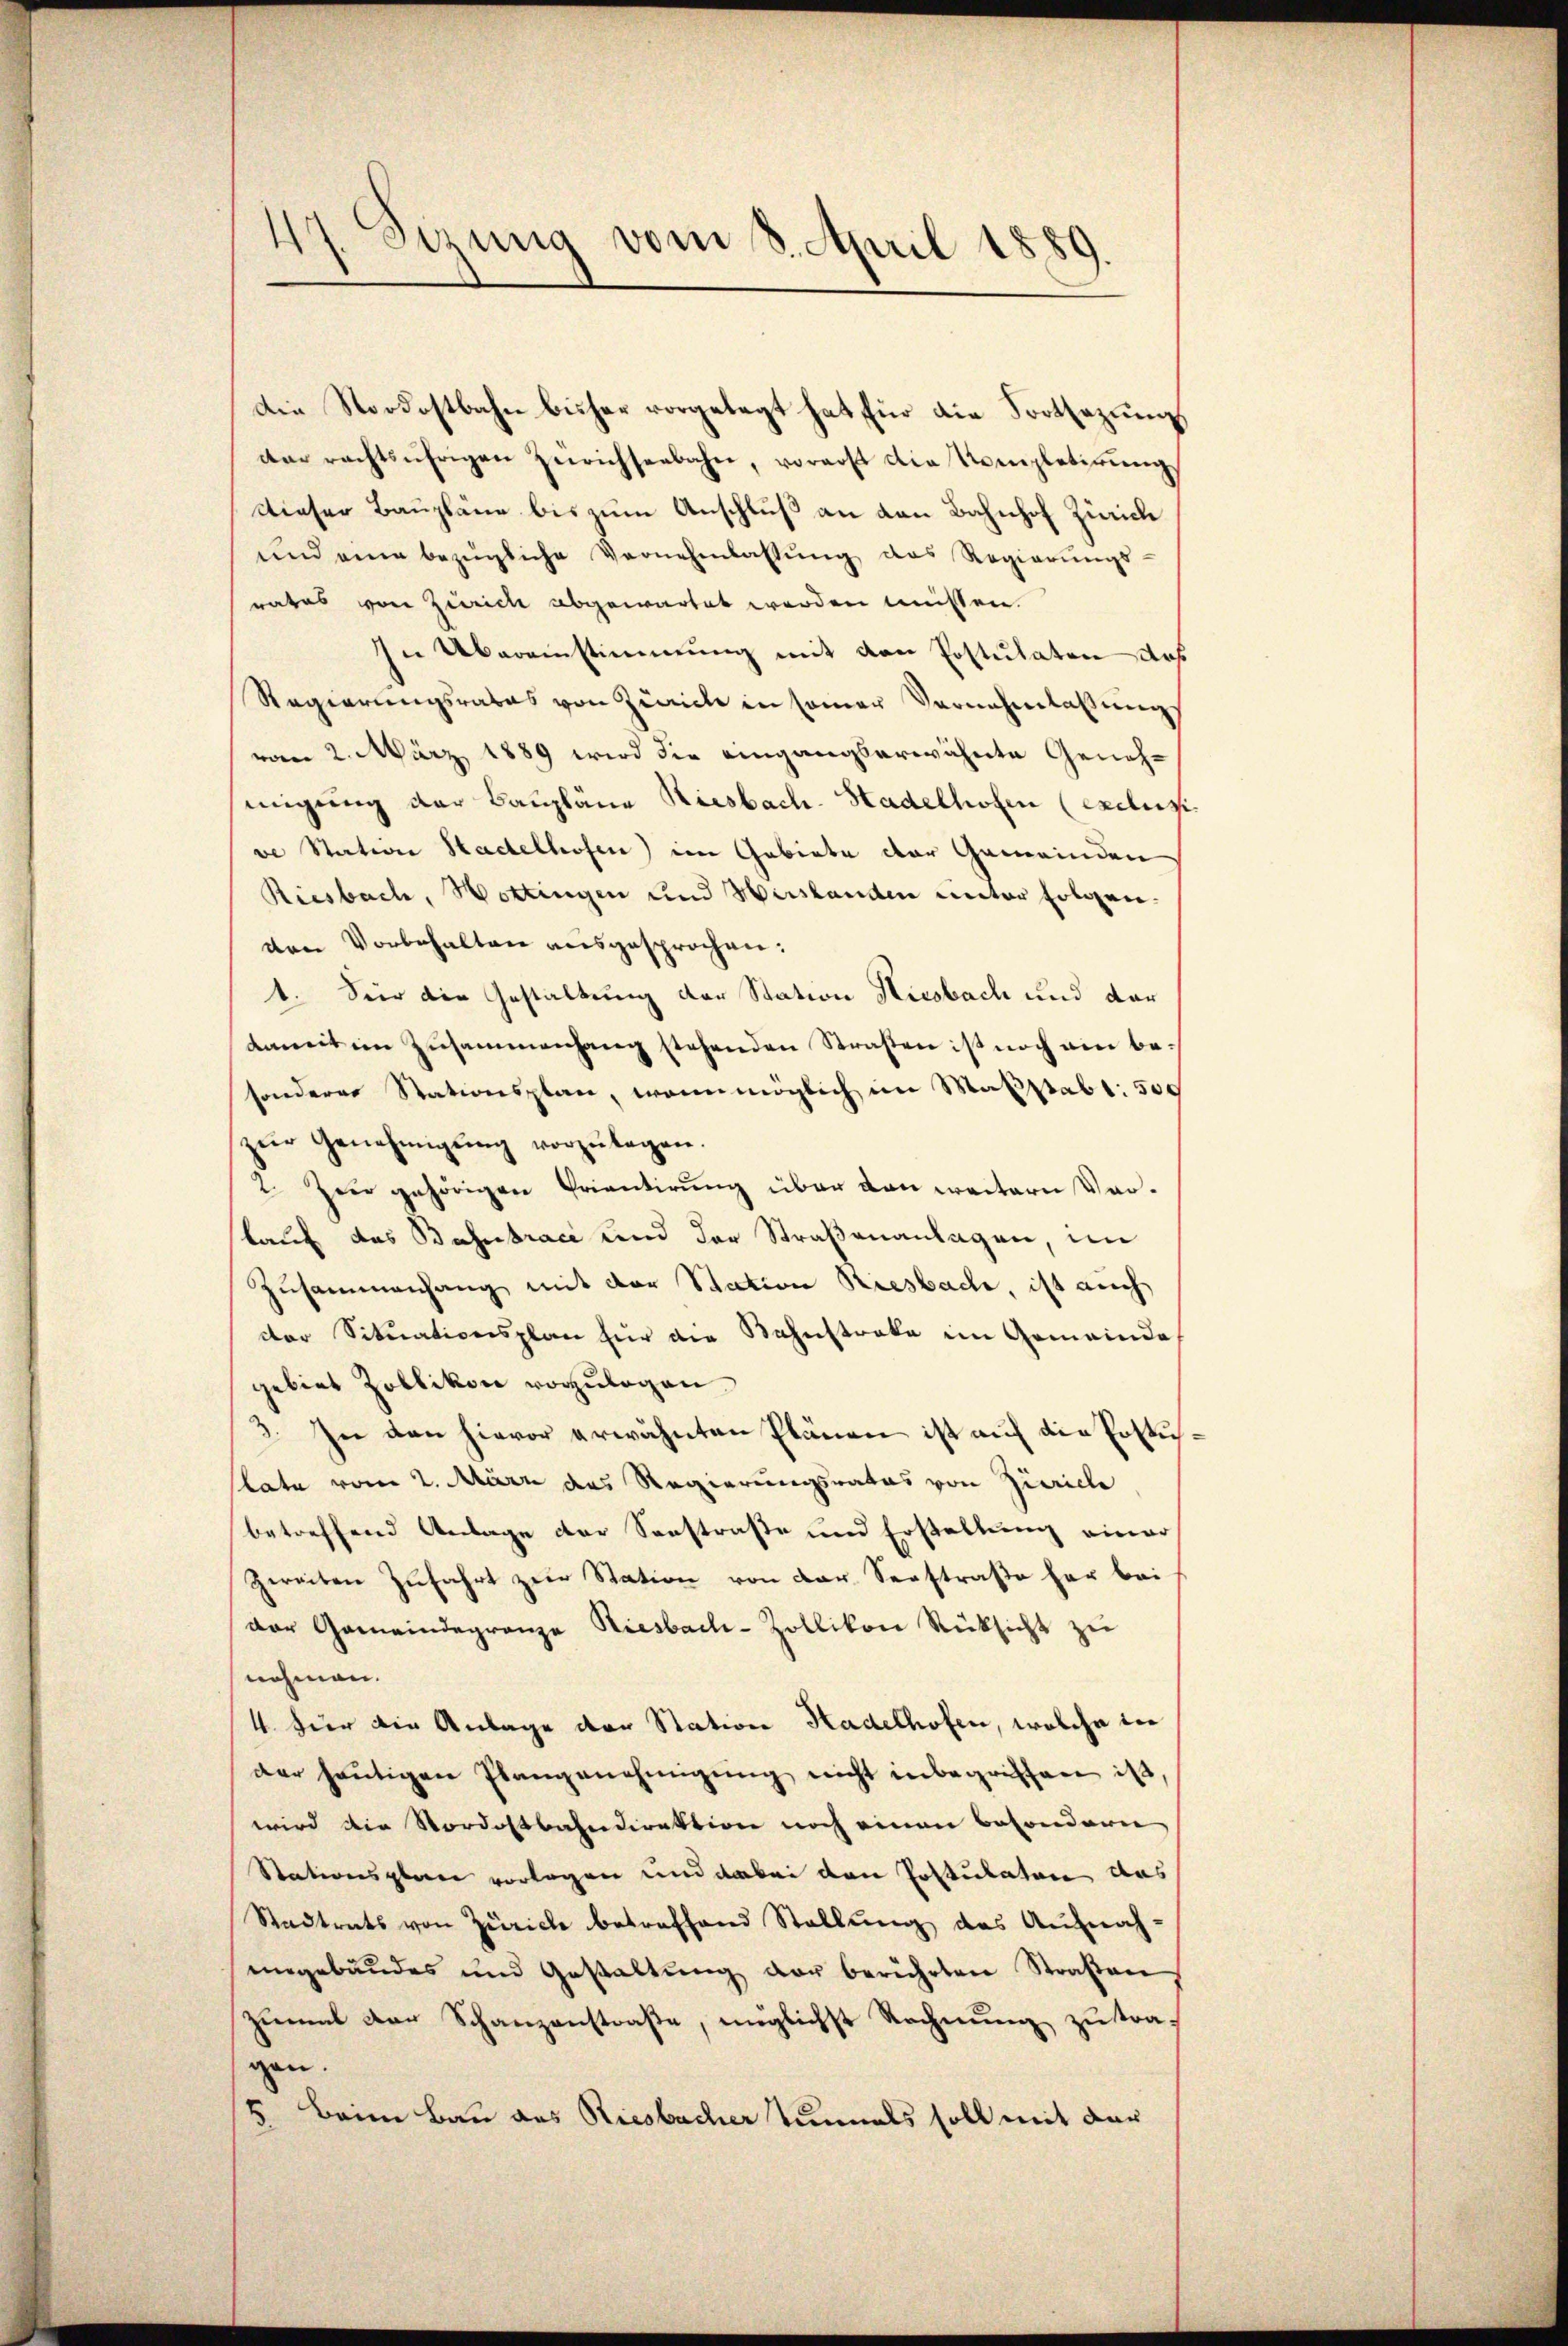
Sizung vom 8. April 1889.

Die Nordostbahn bisher vorgelegt hat für die Fortsezungs
der rechtsührigen Zürichseebahn, vorerst die Kompletirŭng
Dieser Baupläne bis zum Anschluß an den Bahnhof Zürich
und eine bezügliche Vernehmlassŭng des Regierŭngs-
rates von Zürich abgewartet werden müssen.
In Übereinstimmung mit den Postulaten das
Regierŭngsrates von Zürich in seiner Vernehmlassŭng
vom 2. März 1889 wird die eingangserwähnte Genehmigung der Baupläne Riesbach-Stadelhofen (Exdeck
ve Station Stadelhofen) im Gebiete der Gemeinden
Riesbach, Wottingen und Hirslanden unter folgenven Vorbehalten ausgesprochen:
1. Seir die Gestaltung der Station Hiesbach und dar
damit im Zusammenhang stehenden Straßen ist noch ein besonderes Stationsplan, wenn möglich im Maßstabt: 500
zŭr Genehmigŭng vorzŭlagen.
2. Zur gehörigen Prientirung über den weitern Vorlauf das Bahnstrace und der Straßenanlagen, im
Zusammenhang mit der Station Riesbache, ist auch
der Situationsplan für die Wahnstreke im Gemeinde
gebiet Zollikon vorzulegen.
3. In den hievor erwähnten Plänen ist auf die Erstislate vom 2. März das Regierungsrates von Zürich
betreffend Anlage der Sonstraße und Erstellung einer
Zweiten Zufahrt zur Station von der Seestraße her bei
dor Gemeindegränze Riesbach-Zollikon Rüksicht zu
nehmen.
4 hier die Anlage der Station Hadelhofen, welche der
der heutigen Plangenehmigung nicht inbegriffen ist,
wird die Nordostbahndirektion noch einen besondern
Stationsplare vorlegen und dabei den Postulaten das
Stadtrats von Zürich betreffend Stellung des Aufnah-
ungebäudes und Gestaltŭng der berührten Straßen,
zimal der Schanzenstraße, möglichst Rechnung zu tra-
gen.
5. Beim Bau aus Riesbacher Tunnels soll mit der